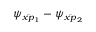
\psi _ { \bar { x p } _ { 1 } } - \psi _ { \bar { x p } _ { 2 } }